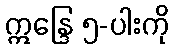
ဣန္ဒြေ ၅-ပါးကို